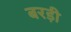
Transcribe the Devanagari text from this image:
बरड़ी